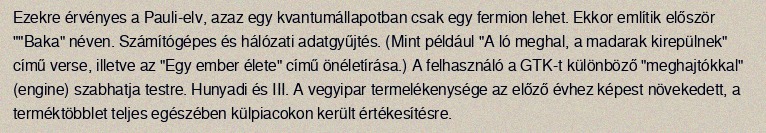
Ezekre érvényes a Pauli-elv, azaz egy kvantumállapotban csak egy fermion lehet. Ekkor említik először ""Baka" néven. Számítógépes és hálózati adatgyűjtés. (Mint például "A ló meghal, a madarak kirepülnek" című verse, illetve az "Egy ember élete" című önéletírása.) A felhasználó a GTK-t különböző "meghajtókkal" (engine) szabhatja testre. Hunyadi és III. A vegyipar termelékenysége az előző évhez képest növekedett, a terméktöbblet teljes egészében külpiacokon került értékesítésre.